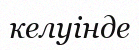
келуінде